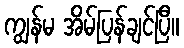
ကျွန်မ အိမ်ပြန်ချင်ပြီ။